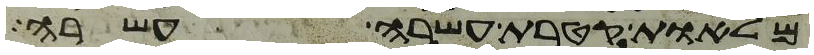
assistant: מלאות קטרת עשרה עשרה